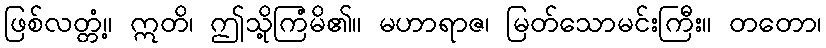
ဖြစ်လတ္တံ့။ ဣတိ၊ ဤသို့ကြံမိ၏။ မဟာရာဇ၊ မြတ်သောမင်းကြီး။ တတော၊